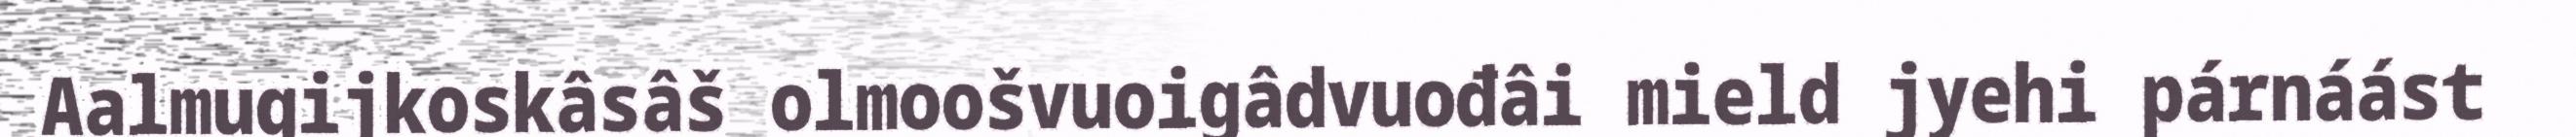
Aalmugijkoskâsâš olmoošvuoigâdvuođâi mield jyehi párnáást